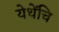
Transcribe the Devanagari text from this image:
येथेंचि